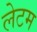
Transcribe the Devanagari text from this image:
लेटम